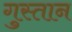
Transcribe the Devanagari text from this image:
गुस्तान